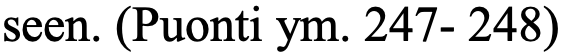
seen. (Puonti ym. 247- 248)